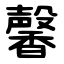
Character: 馨